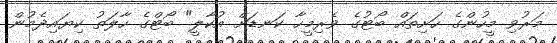
މަރުވި މީހުންގެ ހަށިތައް ބޯޓުގެ ވެރިމީހާ ކަނޑަށް އުކާލީ" ބޯޓްގެ ހާލަތު ކިޔައިދެމުން